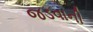
જડવાની